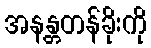
အနန္တတန်ခိုးကို